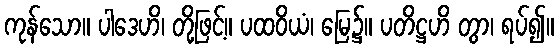
ကုန်သော။ ပါဒေဟိ၊ တို့ဖြင့်။ ပထဝိယံ၊ မြေ၌။ ပတိဋ္ဌဟိ တွာ၊ ရပ်၍။